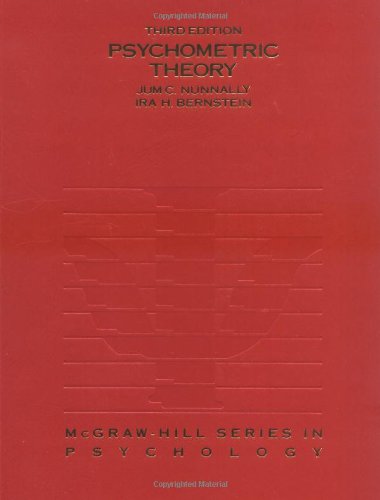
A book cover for Psychometric Theory; Jum C. Nunnally; Medical Books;